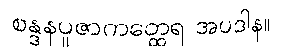
စန္ဒနပူဇာကတ္ထေရ အပဒါန။